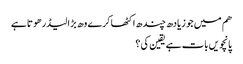
هم میں جو زیادھ چندھ اکٹھا کرے وھ بڑا لیڈر هوتا ہے
پانچویں بات ہے یقین کی ؟